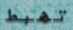
تهبط